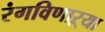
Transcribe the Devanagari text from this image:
रंगविणाऱ्या